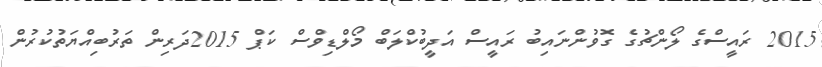
2015 ރައީސްގެ ލޯންޗުގެ ގޮވުންނައިބު ރައީސް އަދީބުކްލަބް މޯލްޑިވްސް ކަޕް 2015ދަރިން ތަރުބިއްޔަތުކުރުން